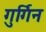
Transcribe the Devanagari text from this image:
गुर्गिन